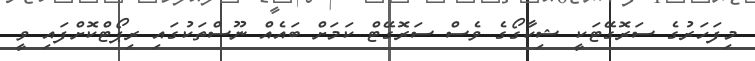
މިފަހަރުގެ ސަރޮގޭޓަކީ ޝިކާގޯގެ ވެސް ސަރޮގޭޓް ކަމަށް ބައެއް ނޫސްތަކުގައި ރިޕޯޓްކޮށްފައި ވީ